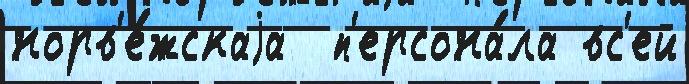
норв'е́жскаjа  п'ерсона́ла вс'ей